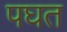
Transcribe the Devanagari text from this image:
पघत